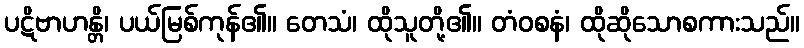
ပဋိဗာဟန္တိ၊ ပယ်မြစ်ကုန်၏။ တေသံ၊ ထိုသူတို့၏။ တံဝစနံ၊ ထိုဆိုသောစကားသည်။